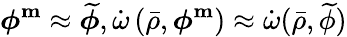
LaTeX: \boldsymbol{\phi^{\mathrm{m}}}\approx\widetilde{\boldsymbol{\phi}},\dot{\omega}\left(\bar{\rho},\boldsymbol{\phi^{\mathrm{m}}}\right)\approx\dot{\omega}(\bar{\rho},\widetilde{\phi})